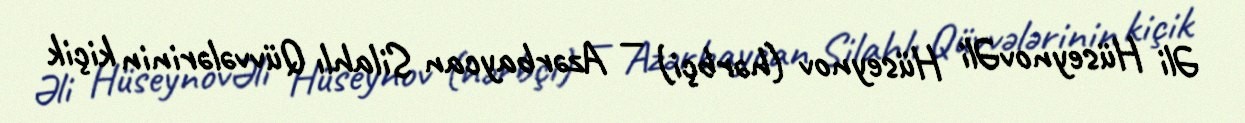
Əli HüseynovƏli Hüseynov (hərbçi) — Azərbaycan Silahlı Qüvvələrinin kiçik